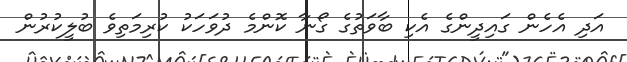
އަދި އެހެން ގައިދީންގެ އެކި ބާވަތުގެ ގޯނާ ކޮންމެ ދުވަހަކު ކުރިމަތިވެ ބުލީކުރުން